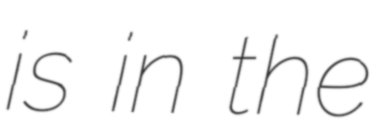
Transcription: is in the